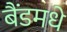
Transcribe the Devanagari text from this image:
बैंडमधे